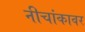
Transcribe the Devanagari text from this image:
नीचांकावर